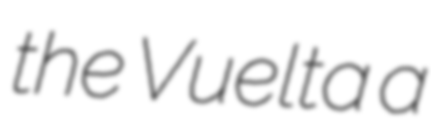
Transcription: the Vuelta a